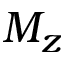
M _ { z }